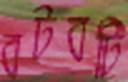
বটবটি